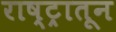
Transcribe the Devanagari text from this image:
राष्ट्रातून